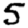
Digit: 5